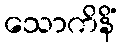
သောကိနိံ